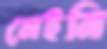
নেইনি